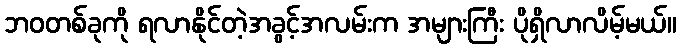
ဘဝတစ်ခုကို ရလာနိုင်တဲ့အခွင့်အလမ်းက အများကြီး ပိုရှိလာလိမ့်မယ်။